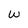
Character: W